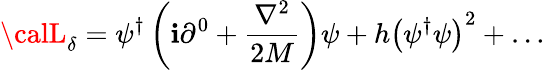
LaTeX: {{\calL}}_{\delta}=\psi^{\dagger}\left(\mathbf{i}\partial^{0}+{\frac{{{\nabla}^{2}}}{{2M}}}\right)\psi+h\left(\psi^{\dagger}\psi\right)^{2}+\dots